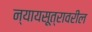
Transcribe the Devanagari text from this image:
न्यायसूत्रावरील